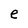
Character: e